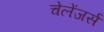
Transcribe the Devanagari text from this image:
चेलेंजर्स